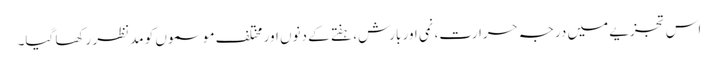
اس تجزیے میں درجہ حرارت، نمی اور بارش، ہفتے کے دنوں اور مختلف موسموں کو مدنظر رکھا گیا۔